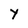
Character: Y